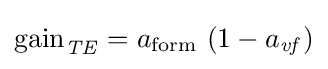
\mathrm {gain} _{\mathit {TE}}=a_{\mathrm {form} }\,\left(1-a_{\mathit {vf}}\right)